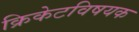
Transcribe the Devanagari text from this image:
क्रिकेटविषयक